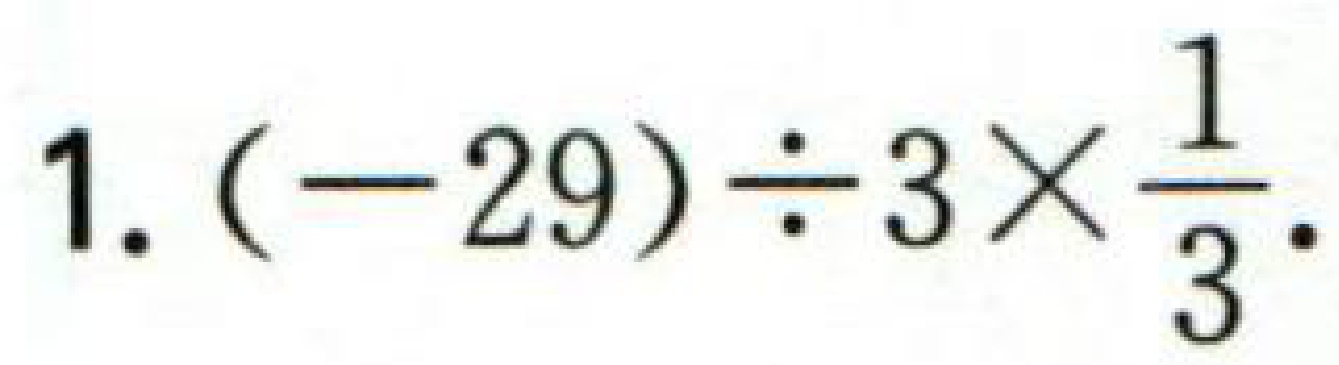
1. \((- 29)\div3\times\dfrac{1}{3}\).